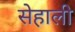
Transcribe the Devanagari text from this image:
सेहाली